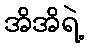
အိအိရဲ့